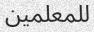
للمعلمين